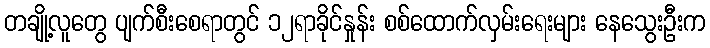
တချို့လူတွေ ပျက်စီးစေရာတွင် ၁၂ရာခိုင်နှုန်း စစ်ထောက်လှမ်းရေးများ နေသွေးဦးက